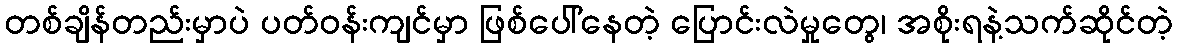
တစ်ချိန်တည်းမှာပဲ ပတ်ဝန်းကျင်မှာ ဖြစ်ပေါ်နေတဲ့ ပြောင်းလဲမှုတွေ၊ အစိုးရနဲ့သက်ဆိုင်တဲ့